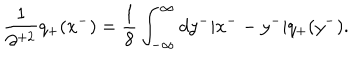
LaTeX: \frac { 1 } { \partial ^ { + 2 } } q _ { + } ( x ^ { - } ) = \frac { 1 } { 8 } \int _ { - \infty } ^ { \infty } d y ^ { - } | x ^ { -- } y ^ { - } | q _ { + } ( y ^ { - } ) .